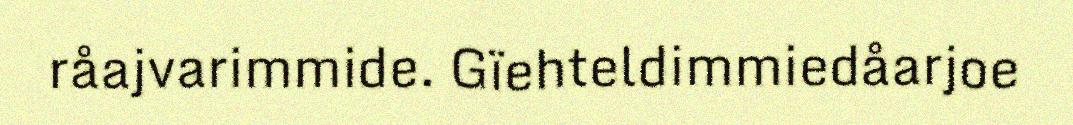
råajvarimmide. Gïehteldimmiedåarjoe